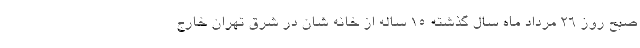
صبح روز ۲۶ مرداد ماه سال گذشته ۱۵ ساله از خانه شان در شرق تهران خارج